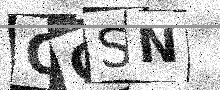
Text: CGSN